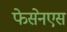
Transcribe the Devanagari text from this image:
फेसेनएस